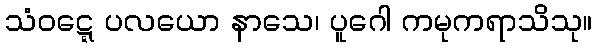
သံဝဋ္ဋေ ပလယော နာသေ၊ ပူဂေါ ကမုကရာသိသု။